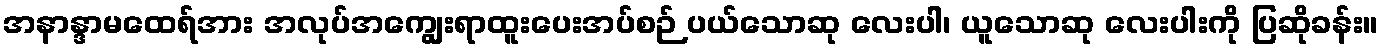
အနာန္ဒာမထေရ်အား အလုပ်အကျွေးရာထူးပေးအပ်စဉ် ပယ်သောဆု လေးပါ၊ ယူသောဆု လေးပါးကို ပြဆိုခန်း။